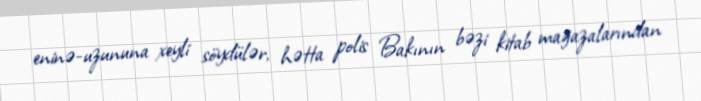
eninə-uzununa xeyli söydülər, hətta polis Bakının bəzi kitab mağazalarından